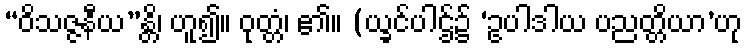
“ဝိသဇ္ဇနီယ”န္တိ၊ ဟူ၍။ ဝုတ္တံ၊ ၏။ (ယ္ခင်ပါဌ်၌ ‘ဥပါဒါယ ပညတ္တိယာ’ဟု